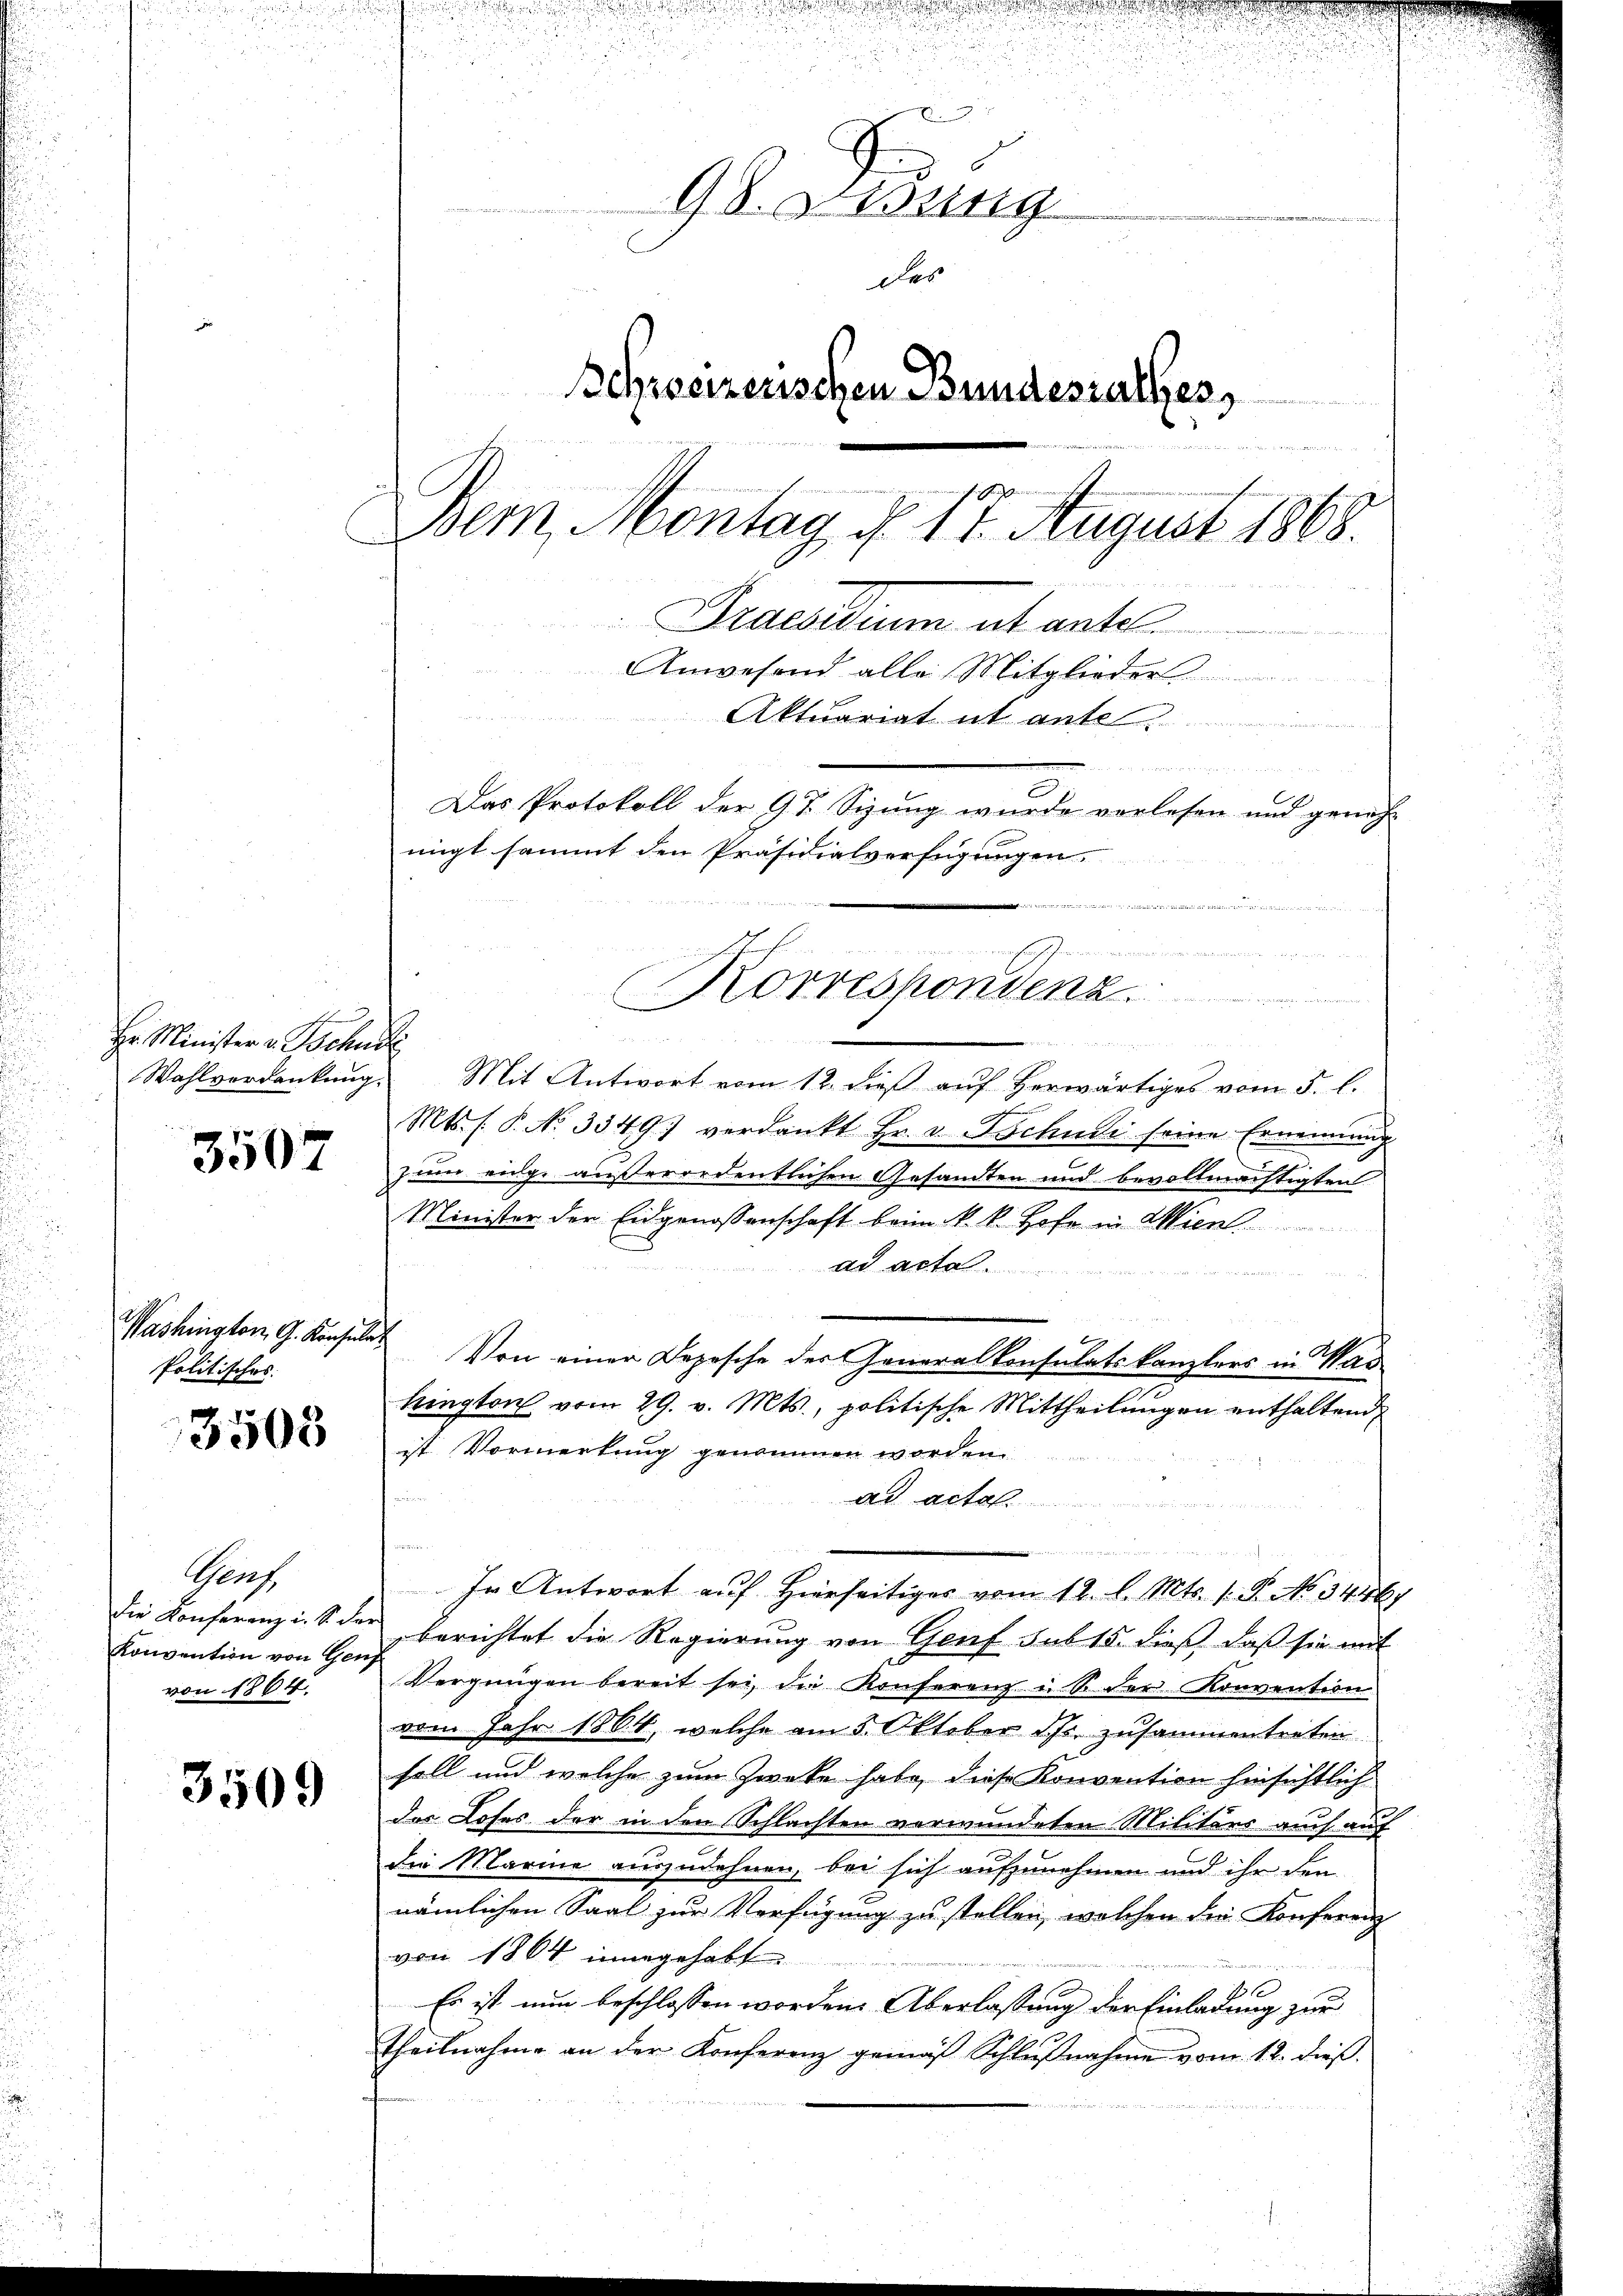
Hr Minister v. Tschudi

3507

Politisches.

3503

Grus
Konvention von Genf
von 1864.

3509

dich mit einer

.

u
i
u

98. Lesung
des
Schreizerischen Bundesrathes,
rogenan
Bem, Montag d. 17. August 1868.
Praesiduum et antel
Anwesend alle Mitglieder
Aktuariat it ante

Das Protokoll der Gr. Sizung wurde verlesen und geneh-
nigt sammt den Präsidialverfügungen.
  er wie eine das en

.
 x
.
Wahlverdankung. Mit Antwort vom 12. dieβ aŭf herwärtiges vom 5. l.
Mts. s. P. No 3349) verdankt Hr. v. Tschudi seine Ernennung
zum einge außerordentlichen Gesandten und bevollmächtigten
Minister der Eidgenossenschaft beim k. k. Hofe in Wien
ad acta

Washington G. Konsulat Von einer Depesche der Generalkonsulatskanzlers in Was
hington vom 29. v. Mts., politische Mittheilungen enthaltend
ist Vormerkung genommen worden.
.
ad actes.

In Antwort auf Hierseitiges vom 12. l. Mts. 1. P. No 3446.
die Konferenz i. S. der berichtet die Regierŭng von Genf sub 15. dieβ, daβ sie mit
Vergnügen bereit sei, die Konferenz u. S. der Konvention
vom Jahr 1864, welche am 3. Oktober d. Js. zusammentreten
soll und welche zum Zwecke habe, diese Konvention hinsichtlich
der Loses der in den Schlachten verwundeten Militärs auch auf
die Marine auszudehnen, bei sich aufzunehmen und ihr den
nämlichen Saal zur Verfügung zu stellen, welchen die Konferenz
von 1864 innegehabt
Es ist nun beschlossen worden. Überlassung der Einladung zur
Theilnahme an der Konferenz gemäß Schlußnahme vom 12. dieß.

u

Korrespondenz.

da ich sehen der